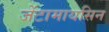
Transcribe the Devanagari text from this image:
जेंटामायसिन